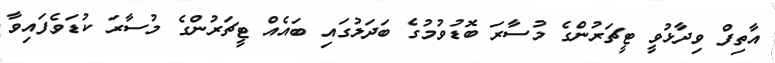
އާތިފް ވިދާޅުވީ ޓީޗަރުންގެ މުސާރަ ބޮޑުުވުމުގެ ބަދަލުގައި ބައެއް ޓީޗަރުންގެ މުސާރަ ކުޑަވެފައިވާ